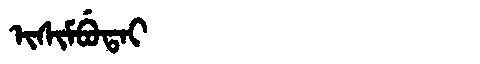
Manchu: ᡳᠰᡳᠮᠪᡠᡨᠠᡳ
Romanization: ISIMBUTAI